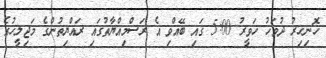
ހޮނިހިރު ދުވަހު ހަވީރު 5:00 ގައި ބޭއްވި އެ ރަސްމިއްޔާތުގައި ރައްޔިތުންގެ މަޖިލީހުގެ